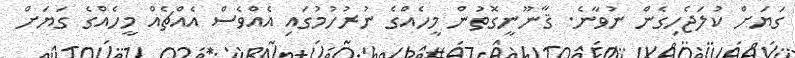
ގަޔަށް ކުލަޖެހިގެން ނުވާނެ. ޤާނޫނީގޮތުން މީހެއްގެ ނުރުހުމުގައި އެއްވެސް އެއްޗެއް މީހެއްގެ ގަޔަށް